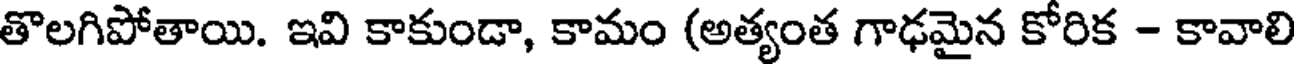
తొలగిపోతాయి. ఇవి కాకుండా, కామం (అత్యంత గాఢమైన కోరిక - కావాలి